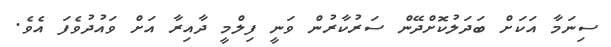
ސިނަމާ އަކަށް ބަދަލުކޮށްދޭން ސަރުކާރުން ވަނީ ފިލްމީ ދާއިރާ އަށް ވައުދުވެފަ އެވެ.